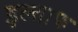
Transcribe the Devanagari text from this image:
इल्ताफ